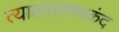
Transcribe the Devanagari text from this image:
त्यालासमरकंद